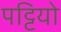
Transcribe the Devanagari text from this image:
पट्टियो